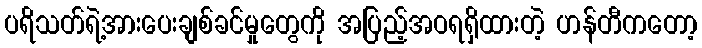
ပရိသတ်ရဲ့အားပေးချစ်ခင်မှုတွေကို အပြည့်အဝရရှိထားတဲ့ ဟန်တီကတော့